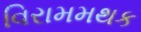
વિરામમથક